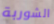
الشوربة